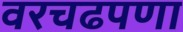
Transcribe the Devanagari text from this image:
वरचढपणा